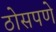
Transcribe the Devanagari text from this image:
ठोसपणे